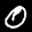
Label: 0